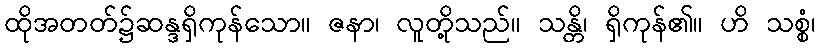
ထိုအတတ်၌ဆန္ဒရှိကုန်သော။ ဇနာ၊ လူတို့သည်။ သန္တိ၊ ရှိကုန်၏။ ဟိ သစ္စံ၊